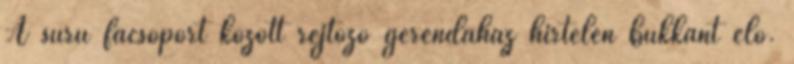
A sűrű facsoport között rejtőző gerendaház hirtelen bukkant elő.